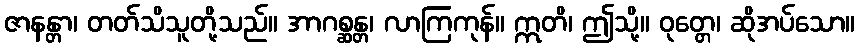
ဇာနန္တာ၊ တတ်သိသူတို့သည်။ အာဂစ္ဆန္တ၊ လာကြကုန်။ ဣတိ၊ ဤသို့။ ဝုတ္တေ၊ ဆိုအပ်သော။